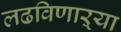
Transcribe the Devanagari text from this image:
लढविणाऱ्या